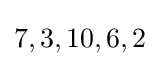
7,3,10,6,2